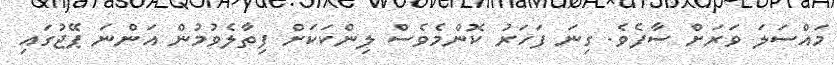
މައްސަލަ ވަރަށް ސާފެވެ. ގިނަ ފަހަރު ކޮންމެވެސް ލިންކަކަށް ފިތާލެވުމުން އަންނަ ޕޭޖުގައި